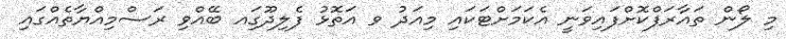
މި ލޯން ތައާރަފްކޮށްފައިވަނީ އެކަމަށްޓަކައި މިއަދު ވ އަތޮޅު ފެލިދޫގަިއ ބޭއްވި ރަސްމިއްޔާތެއްގައި